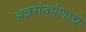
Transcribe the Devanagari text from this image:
अन्नसंतर्पणाचे